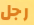
رجل